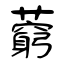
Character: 藭